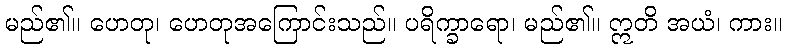
မည်၏။ ဟေတု၊ ဟေတုအကြောင်းသည်။ ပရိက္ခာရော၊ မည်၏။ ဣတိ အယံ၊ ကား။